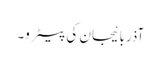
آذربائیجان کی پیٹرو۔